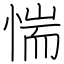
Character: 惴